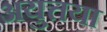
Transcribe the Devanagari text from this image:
अयुत्तया